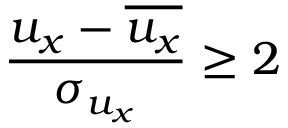
\frac { u _ { x } - \overline { { u _ { x } } } } { \sigma _ { u _ { x } } } \geq 2